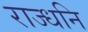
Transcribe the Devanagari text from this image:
राज्धनि